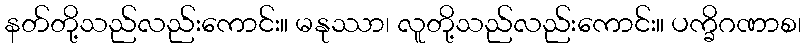
နတ်တို့သည်လည်းကောင်း။ မနုဿာ၊ လူတို့သည်လည်းကောင်း။ ပက္ခိဂဏာစ၊